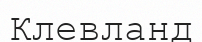
Клевланд